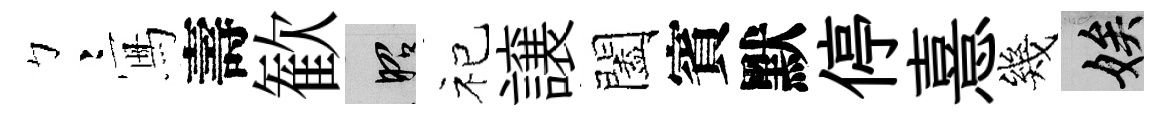
彎冩壽歓昭祀譲闔賓默停憙幾娭